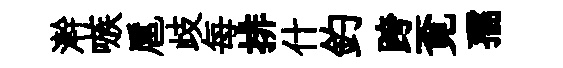
澣嗾扈歧每排什釣跨覔孺